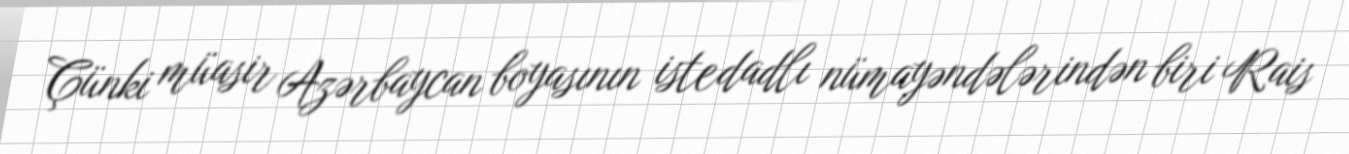
Çünki müasir Azərbaycan boyasının istedadlı nümayəndələrindən biri Rais